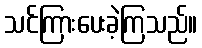
သင်ကြားပေးခဲ့ကြသည်။